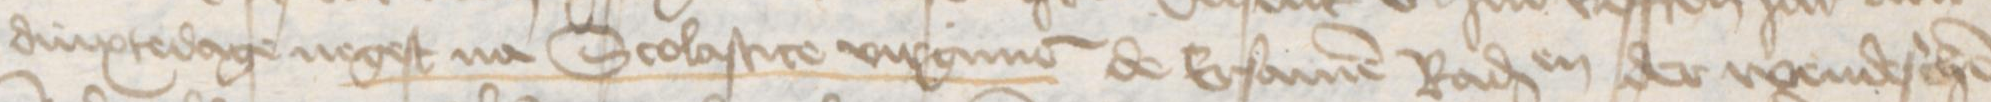
Transcription: dinxtedage negest na Scolastice virgine de Ersamen Radessendebaden der wendeschen